Report of the King Institute of Preventive Medicine, Guindy
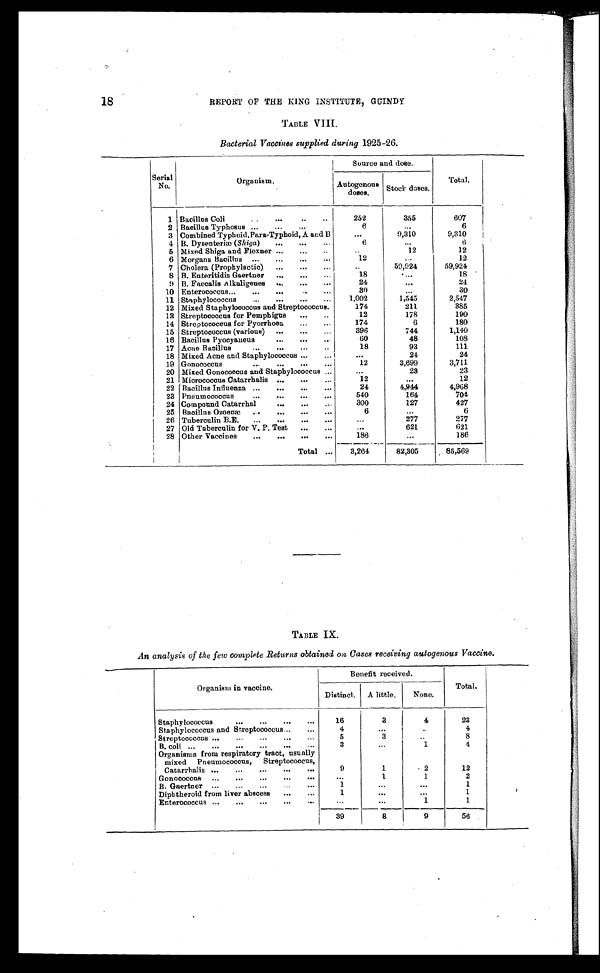
18
REPORT OF THE KING INSTITUTE, GUINDY
TABLE VIII.
Bacterial Vaccines supplied during 1925-26.
Serial
No.
Organism.
Source and dose.
Total.
Autogenous
doses.
Stock doses.
1 Bacillus Coli . . .
252
355
607
2 Bacillus Typhosus . . .
6
. . .
6
3 Combined Typhoid, Para-Typhoid, A and B
. . .
9,310
9,310
4 B. Dysenteriæ ( Shiga ) . . .
6
. . .
6
5 Mixed Shiga and Flexner . . .
. . .
12
12
6 Morgans Bacillus . . .
1 2
. . .
12
7 Cholera (Prophylactic) . . .
. . .
59,924
59,924
8 B. Enteritidis Gaertner . . .
18
. . .
18
9 B. Faecalis Alkaligenes . . .
24
. . .
24
10 Enterococcus . . .
30
. . .
30
11 Staphylococcus . . .
1,002
1,545
2,547
12 Mixed Staphylococcus and Streptococcus.
174
211
385
13 Streptococcus for Pemphigus . . .
12
178
190
14 Streptococcus for Pyorrhoea . . .
174
6
180
15 Streptococcus (various) . . .
396
744
1,140
16 Bacillus Pyocyaneus . . .
60
48
108
17 Acne Bacillus . . .
18
93
111
18 Mixed Acne and Staphylococcus . . .
. . .
24
24
19 Gonococcus . . .
12
3,699
3,711
20 Mixed Gonococcus and Staphylococcus . . .
. . .
23
23
21 Micrococcus Catarrhalis . . .
12
. . .
12
22 Bacillus Influenza . . .
24
4,944
4,968
23 Pneumococcus . . .
540
164
704
24 Compound Catarrhal . . .
300
127
427
25 Bacillus Ozoenæ . . .
6
. . .
6
26 Tuberculin B.E. . . .
. . .
277
277
27 Old Tuberculin for V. P. Test . . .
. . .
621
621
28 Other Vaccines . . .
186
. . .
186
Total . . .
3,264
82,305
85,569
TABLE IX.
An analysis of the few complete Returns obtained on Cases receiving autogenous Vaccine.
Organism in vaccine.
Benefit received.
Total.
Distinct.
A little.
None.
Staphylococcus . . .
16
3
4
23
Staphylococcus and Streptococcus . . .
4
. . .
. . .
4
Streptococcus . . .
5
3
. . .
8
B. coli . . .
3
. . .
1
4
Organisms from respiratory tract, usually
mixed Pneumococcus, Streptococcus,
Catarrhalis . . .
9
1
2
12
G o n o c o c c u s . . .
. . .
1
1
2
B . G a e r t n e r . . .
1
. . .
. . .
1
Diphtheroid from liver abscess . . .
1
. . .
. . .
1
Enterococcus . . .
. . .
. . .
1
1
39
8
9
56